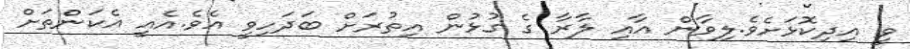
ވީ އިދިކޮޅަށެވެ.ލިވާން އާއި ލާރާ ގެ ގުޅުން އިތުރަށް ބަދަހިވީ އެވެ.އެއީ އެކަންތަށް